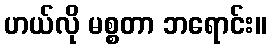
ဟယ်လို မစ္စတာ ဘရောင်း။